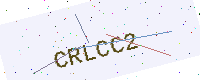
Text: CRLCC2